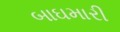
બાઘમારી